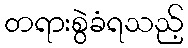
တရားစွဲခံရသည့်